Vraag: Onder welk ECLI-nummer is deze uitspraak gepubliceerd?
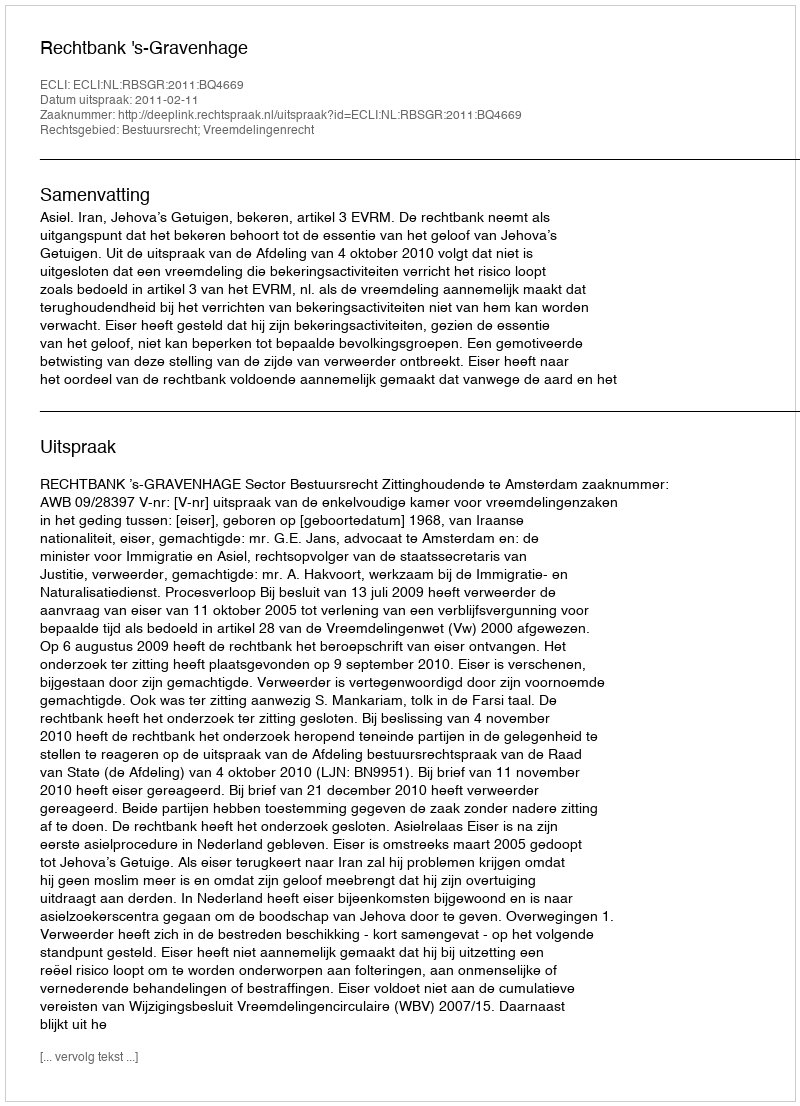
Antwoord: ECLI:NL:RBSGR:2011:BQ4669